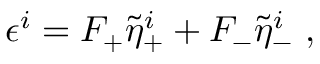
\epsilon ^ { i } = F _ { + } \tilde { \eta } _ { + } ^ { i } + F _ { - } \tilde { \eta } _ { - } ^ { i } \ ,